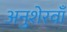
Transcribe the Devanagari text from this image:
अनुशेरवाँ